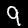
Label: 9